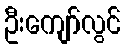
ဦးကျော်လွင်